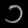
Digit: ၁